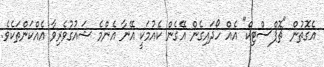
އެގޮތުން "ޗޮޕްސްޓިކް" އެއް ހޯދައިގެން އޭގެން ކެއުމަކީ އޭނާ އެންމެ ޝައުގުވެރިވާ އެއްކަންތަކެވެ.